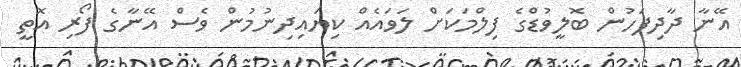
އޭނާ ދާދިފަހުން ބޮލީވުޑްގެ ފިލްމަކަށް ލަވައެއް ކިޔައިދިނުމުން ވެސް އޭނާގެ ފޯރި އޮތީ